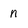
Character: n